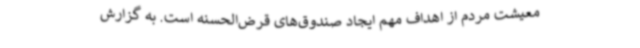
معیشت مردم از اهداف مهم ایجاد صندوق‌های قرض‌الحسنه است. به گزارش